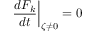
\left. \frac { d { \cal F } _ { k } } { d t } \right| _ { \zeta \neq 0 } = 0 \nonumber